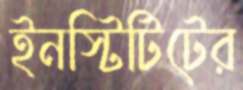
ইনস্টিটিটের